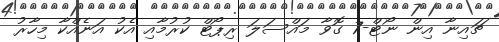
ޗައިނާ އިން ނޯޓް-7 ގޮވާ މައްސަލަ ރިޕޯޓް ކުރުމާއި އެކު އަނެއްކާ މިހާރު